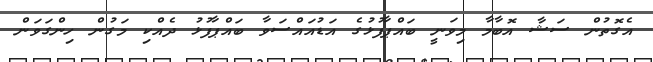
އެގޮތުން ސަޝާ އޮބާމާ މިވަނީ ބައްޕާފުޅުގެ އަޑުއައްސަވާ ބައްޕާފުޅު ދެއްކި މަގުން ހިންގަވަން